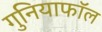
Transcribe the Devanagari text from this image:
गुनियाफॉल